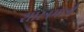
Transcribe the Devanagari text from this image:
शास्त्रमात्री